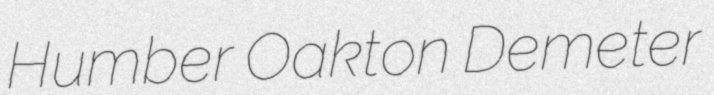
Humber Oakton Demeter